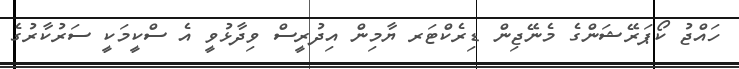
ހައްޖު ކޯޕަރޭޝަންގެ މެނޭޖިން ޑިރެކްޓަރ ޔާމިން އިދުރީސް ވިދާޅުވީ އެ ސްކީމަކީ ސަރުކާރުގެ